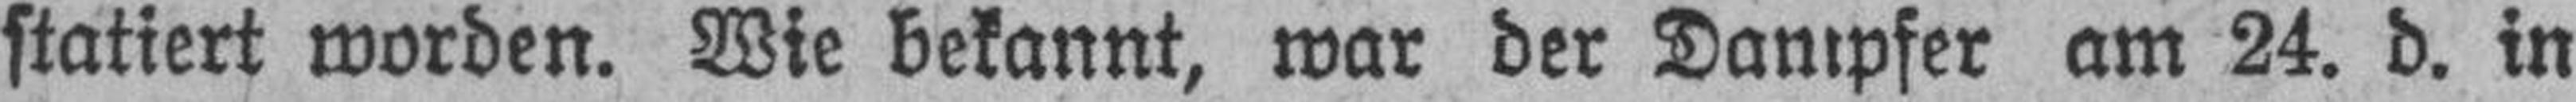
statiert worden. Wie bekannt, war der Dampfer am 24. d. in